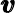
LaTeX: \pmb{v}